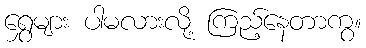
ရွှေများ ပါမလားလို့ ကြည့်နေတာကွ။